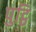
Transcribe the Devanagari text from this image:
पुट्ठि